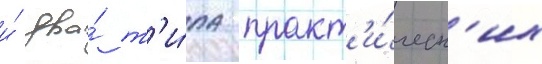
и́ два́ т'и́па практ'и́ческ'их